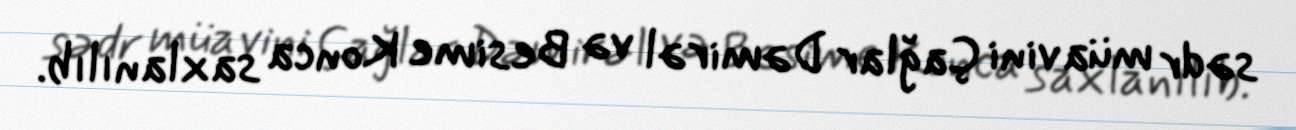
sədr müavini Çağlar Dəmirəl və Besime Konca saxlanılıb.